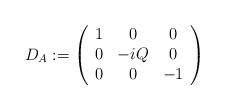
LaTeX: \begin{align*}D_A := \left( \begin{array}{ccc} 1 & 0 & 0 \\0 & -i Q & 0 \\0 & 0 & -1\end{array} \right)\end{align*}